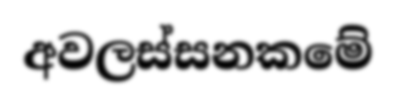
අවලස්සනකමේ